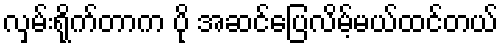
လှမ်းရိုက်တာက ပို အဆင်ပြေလိမ့်မယ်ထင်တယ်